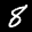
Label: 8